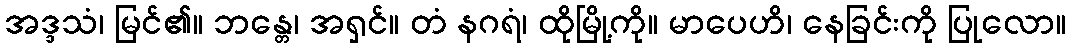
အဒ္ဒသံ၊ မြင်၏။ ဘန္တေ၊ အရှင်။ တံ နဂရံ၊ ထိုမြို့ကို။ မာပေဟိ၊ နေခြင်းကို ပြုလော။